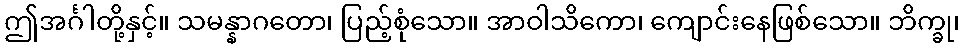
ဤအင်္ဂါတို့နှင့်။ သမန္နာဂတော၊ ပြည့်စုံသော။ အာဝါသိကော၊ ကျောင်းနေဖြစ်သော။ ဘိက္ခု၊